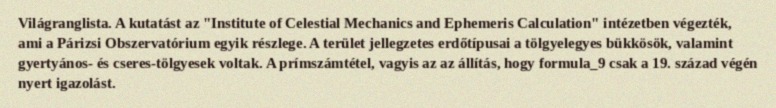
Világranglista. A kutatást az "Institute of Celestial Mechanics and Ephemeris Calculation" intézetben végezték, ami a Párizsi Obszervatórium egyik részlege. A terület jellegzetes erdőtípusai a tölgyelegyes bükkösök, valamint gyertyános- és cseres-tölgyesek voltak. A prímszámtétel, vagyis az az állítás, hogy formula_9 csak a 19. század végén nyert igazolást.